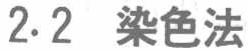
2.2 染色法